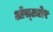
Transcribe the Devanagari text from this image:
ऑस्ट्योर